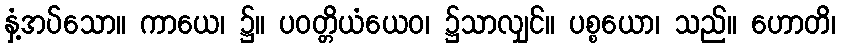
နှံ့အပ်သော။ ကာယေ၊ ၌။ ပဝတ္တိယံယေဝ၊ ၌သာလျှင်။ ပစ္စယော၊ သည်။ ဟောတိ၊